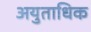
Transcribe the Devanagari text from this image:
अयुताधिक